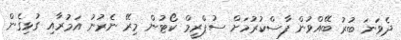
ދެވަނަ ބުރު ބޭއްވުން ފާސްކުރުމަށް ސުޕްރީމް ކޯޓުން މިރޭ ނެރުނު އަމުރާއި ގުޅިގެން